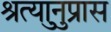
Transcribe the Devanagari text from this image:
श्रुत्यानुप्रास